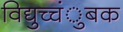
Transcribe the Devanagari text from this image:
विद्युच्चंुबक